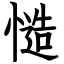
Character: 慥